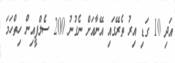
އަދި 10 ގަޑި އިރު ތެރޭގައި އޭނާއަށް ނެގުނު 200 ސެލްފީއިން ހިތްހަމަ